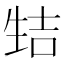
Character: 𰢭